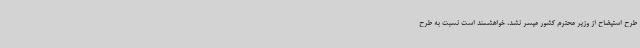
طرح استیضاح از وزیر محترم کشور میسر نشد، خواهشمند است نسبت به طرح